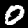
Digit: 0